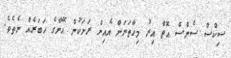
ސިކްސް ސެންސް އޮތް އިރު މިހާތަނަށް އެއިން ރަށަކުން އޭނާގެ ހަބަރެއް ނެތެވެ.